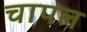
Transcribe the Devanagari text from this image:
चापल